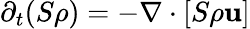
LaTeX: \partial_{t}(S\rho)=-\mathbf{\nabla}\cdot\left[S\rho\mathbf{u}\right]